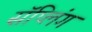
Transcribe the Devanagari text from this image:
सॅप्लिंग